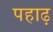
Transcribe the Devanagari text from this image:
पहाढ़